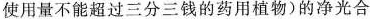
使用量不能超过三分三钱的药用植物)的净光合